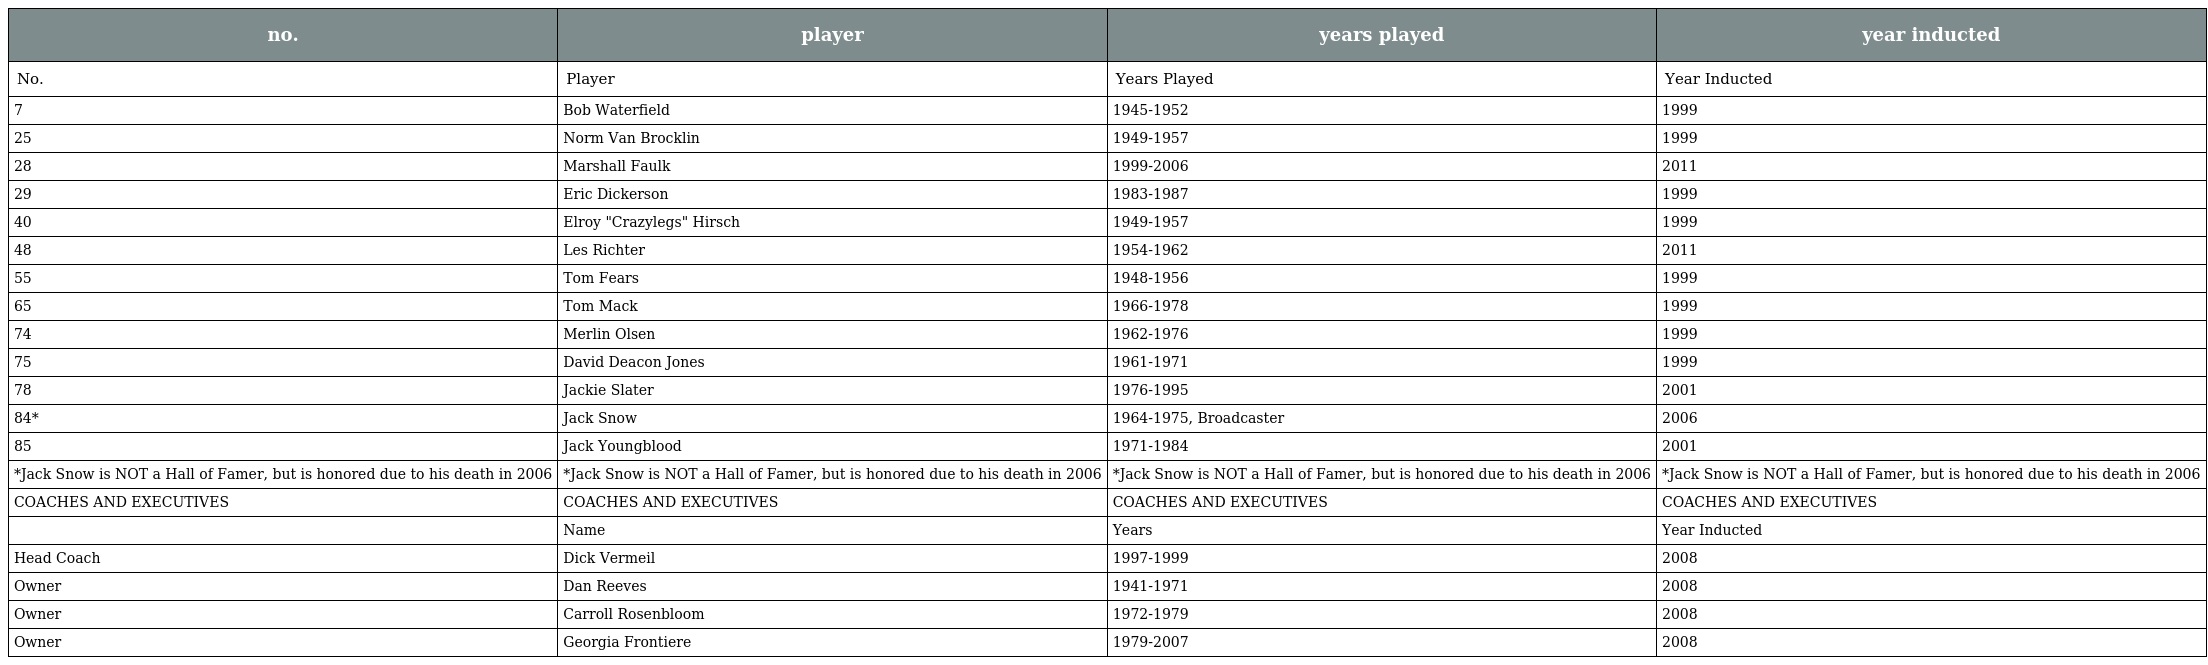
| no. | player | years played | year inducted |
 | --- | --- | --- | --- |
 | No. | Player | Years Played | Year Inducted |
 | 7 | Bob Waterfield | 1945-1952 | 1999 |
 | 25 | Norm Van Brocklin | 1949-1957 | 1999 |
 | 28 | Marshall Faulk | 1999-2006 | 2011 |
 | 29 | Eric Dickerson | 1983-1987 | 1999 |
 | 40 | Elroy "Crazylegs" Hirsch | 1949-1957 | 1999 |
 | 48 | Les Richter | 1954-1962 | 2011 |
 | 55 | Tom Fears | 1948-1956 | 1999 |
 | 65 | Tom Mack | 1966-1978 | 1999 |
 | 74 | Merlin Olsen | 1962-1976 | 1999 |
 | 75 | David Deacon Jones | 1961-1971 | 1999 |
 | 78 | Jackie Slater | 1976-1995 | 2001 |
 | 84* | Jack Snow | 1964-1975, Broadcaster | 2006 |
 | 85 | Jack Youngblood | 1971-1984 | 2001 |
 | *Jack Snow is NOT a Hall of Famer, but is honored due to his death in 2006 | *Jack Snow is NOT a Hall of Famer, but is honored due to his death in 2006 | *Jack Snow is NOT a Hall of Famer, but is honored due to his death in 2006 | *Jack Snow is NOT a Hall of Famer, but is honored due to his death in 2006 |
 | COACHES AND EXECUTIVES | COACHES AND EXECUTIVES | COACHES AND EXECUTIVES | COACHES AND EXECUTIVES |
 |  | Name | Years | Year Inducted |
 | Head Coach | Dick Vermeil | 1997-1999 | 2008 |
 | Owner | Dan Reeves | 1941-1971 | 2008 |
 | Owner | Carroll Rosenbloom | 1972-1979 | 2008 |
 | Owner | Georgia Frontiere | 1979-2007 | 2008 |